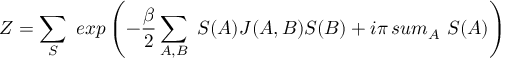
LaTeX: Z = \sum _ { S } \ e x p \left( - { \frac { \beta } { 2 } } \sum _ { A , B } \ S ( A ) J ( A , B ) S ( B ) + i \pi \, s u m _ { A } \ S ( A ) \right)